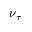
\nu _ { \tau }